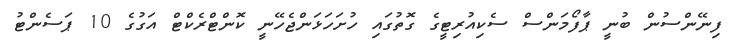
ފިނޭންސުން ބުނީ ޕާފޯމަންސް ސެކިއުރިޓީގެ ގޮތުގައި ހުށަހަޅަންޖެހޭނީ ކޮންޓްރެކްޓް އަގުގެ 10 ޕަސެންޓު